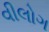
વીલોગ